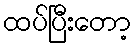
ထပ်ပြီးတော့